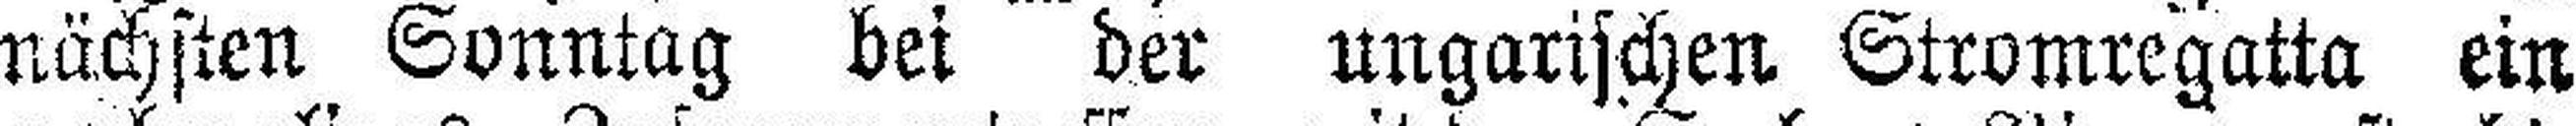
nächsten Sonntag bei der ungarischen Stromregatta ein